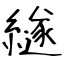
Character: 繸